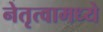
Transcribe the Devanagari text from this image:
नेतृत्वामध्ये